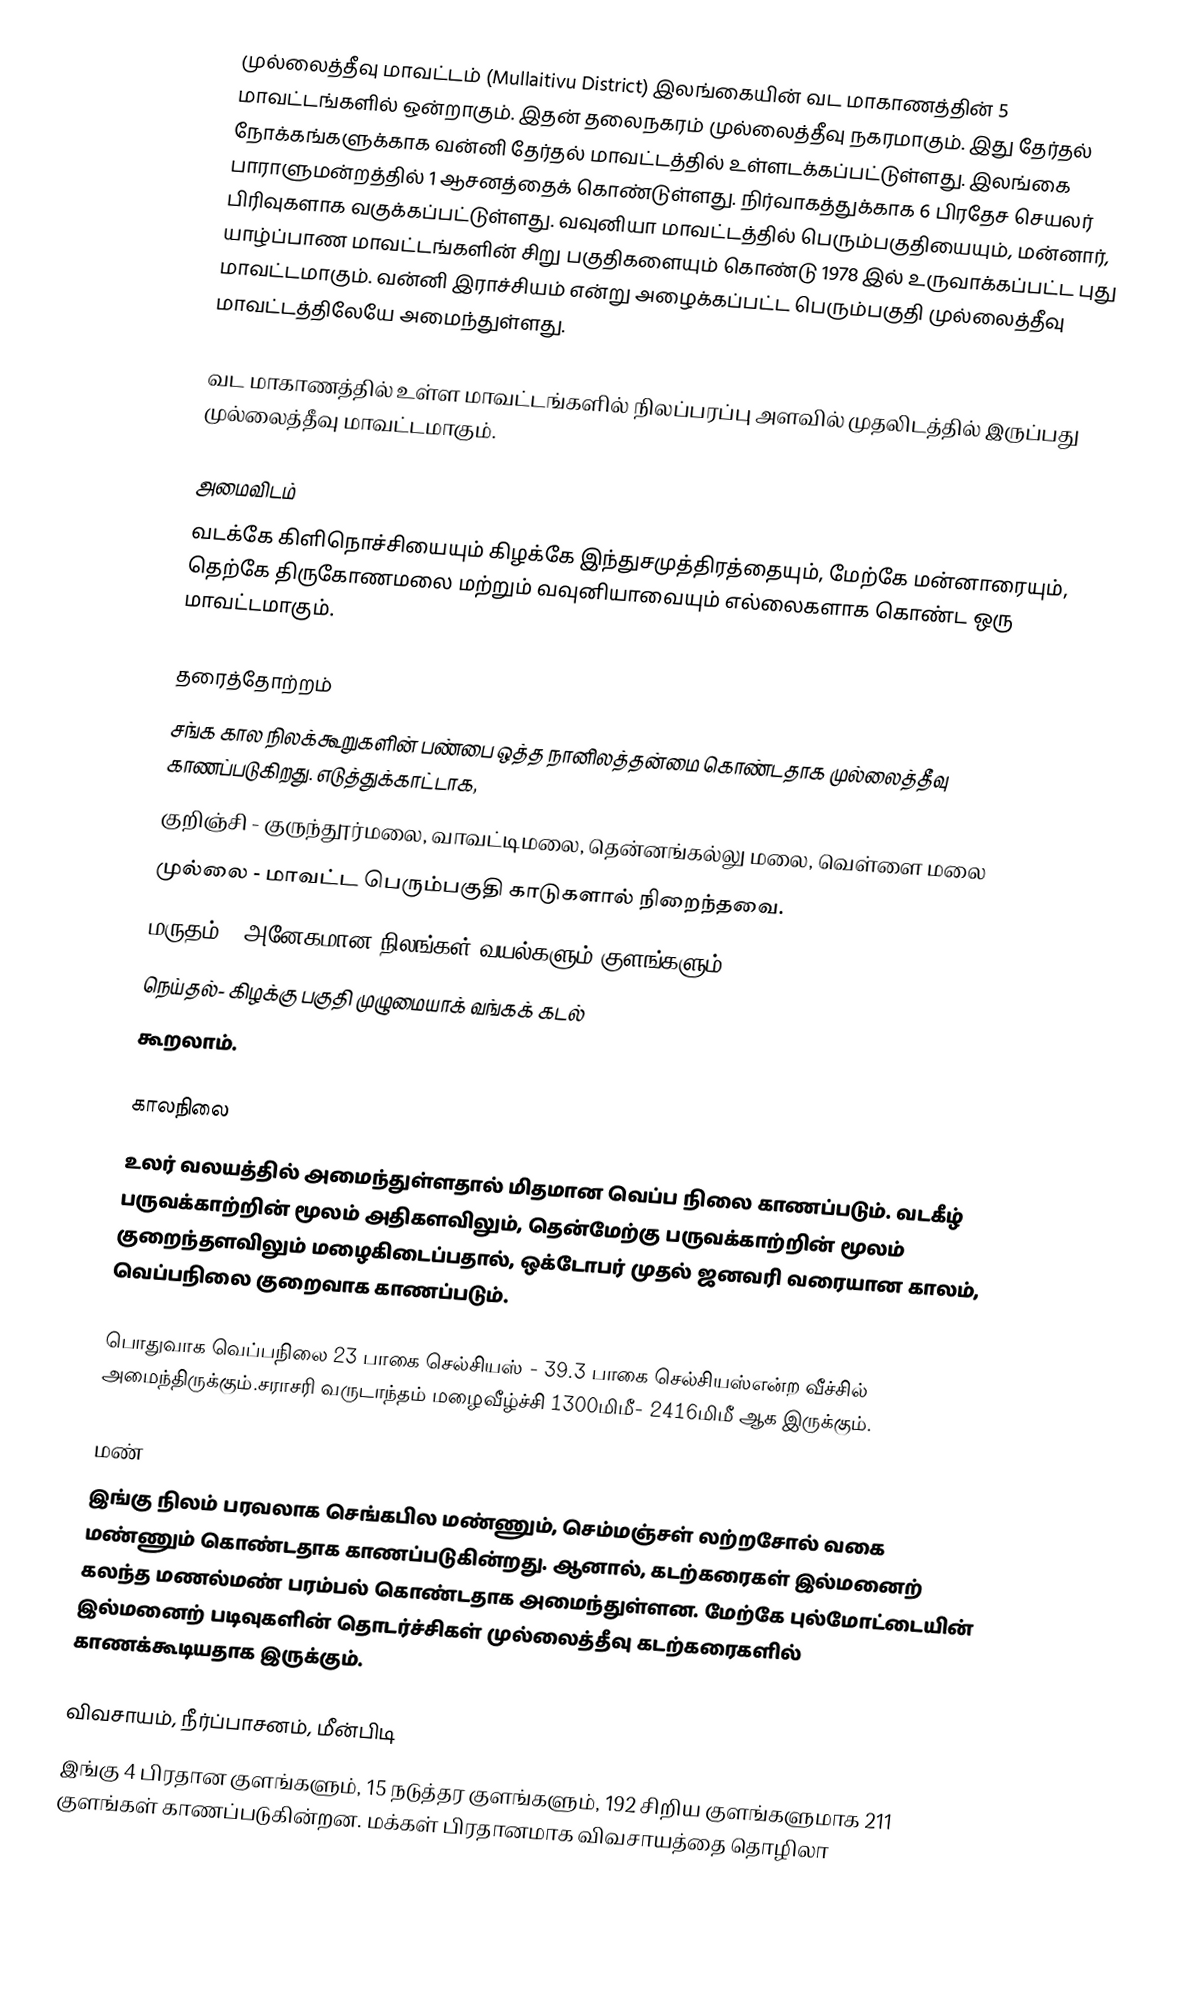
முல்லைத்தீவு மாவட்டம் (Mullaitivu District) இலங்கையின் வட மாகாணத்தின் 5 மாவட்டங்களில் ஒன்றாகும். இதன் தலைநகரம் முல்லைத்தீவு நகரமாகும். இது தேர்தல் நோக்கங்களுக்காக வன்னி தேர்தல் மாவட்டத்தில் உள்ளடக்கப்பட்டுள்ளது. இலங்கை பாராளுமன்றத்தில் 1 ஆசனத்தைக் கொண்டுள்ளது. நிர்வாகத்துக்காக 6 பிரதேச செயலர் பிரிவுகளாக வகுக்கப்பட்டுள்ளது.  வவுனியா மாவட்டத்தில் பெரும்பகுதியையும், மன்னார், யாழ்ப்பாண மாவட்டங்களின் சிறு பகுதிகளையும் கொண்டு 1978 இல் உருவாக்கப்பட்ட புது மாவட்டமாகும். வன்னி இராச்சியம் என்று அழைக்கப்பட்ட பெரும்பகுதி முல்லைத்தீவு மாவட்டத்திலேயே அமைந்துள்ளது.

வட மாகாணத்தில் உள்ள மாவட்டங்களில் நிலப்பரப்பு அளவில் முதலிடத்தில் இருப்பது முல்லைத்தீவு மாவட்டமாகும்.

அமைவிடம்
வடக்கே கிளிநொச்சியையும் கிழக்கே இந்துசமுத்திரத்தையும், மேற்கே மன்னாரையும், தெற்கே திருகோணமலை மற்றும் வவுனியாவையும் எல்லைகளாக கொண்ட ஒரு மாவட்டமாகும்.

தரைத்தோற்றம்
சங்க கால நிலக்கூறுகளின் பண்பை ஒத்த நானிலத்தன்மை கொண்டதாக முல்லைத்தீவு காணப்படுகிறது. எடுத்துக்காட்டாக,
 குறிஞ்சி - குருந்தூர்மலை, வாவட்டிமலை, தென்னங்கல்லு மலை, வெள்ளை மலை
 முல்லை - மாவட்ட பெரும்பகுதி காடுகளால் நிறைந்தவை.
 மருதம் - அனேகமான நிலங்கள் வயல்களும் குளங்களும்
 நெய்தல்- கிழக்கு பகுதி முழுமையாக் வங்கக் கடல்
கூறலாம்.

காலநிலை
உலர் வலயத்தில் அமைந்துள்ளதால் மிதமான வெப்ப நிலை காணப்படும். வடகீழ் பருவக்காற்றின் மூலம் அதிகளவிலும், தென்மேற்கு பருவக்காற்றின் மூலம் குறைந்தளவிலும் மழைகிடைப்பதால், ஒக்டோபர் முதல் ஜனவரி வரையான காலம், வெப்பநிலை குறைவாக காணப்படும்.

பொதுவாக வெப்பநிலை 23 பாகை செல்சியஸ் - 39.3 பாகை செல்சியஸ்என்ற வீச்சில் அமைந்திருக்கும்.சராசரி வருடாந்தம் மழைவீழ்ச்சி 1300மிமீ- 2416மிமீ ஆக இருக்கும்.

மண்
இங்கு நிலம் பரவலாக செங்கபில மண்ணும், செம்மஞ்சள் லற்றசோல் வகை மண்ணும் கொண்டதாக காணப்படுகின்றது. ஆனால், கடற்கரைகள் இல்மனைற் கலந்த மணல்மண் பரம்பல் கொண்டதாக அமைந்துள்ளன. மேற்கே புல்மோட்டையின் இல்மனைற் படிவுகளின் தொடர்ச்சிகள் முல்லைத்தீவு கடற்கரைகளில் காணக்கூடியதாக இருக்கும்.

விவசாயம், நீர்ப்பாசனம், மீன்பிடி
இங்கு 4 பிரதான குளங்களும், 15 நடுத்தர குளங்களும், 192 சிறிய குளங்களுமாக 211 குளங்கள் காணப்படுகின்றன. மக்கள் பிரதானமாக விவசாயத்தை தொழிலா